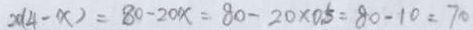
x ( 4 - x ) = 8 0 - 2 0 x = 8 0 - 2 0 \times 0 . 5 = 8 0 - 1 0 = 7 0